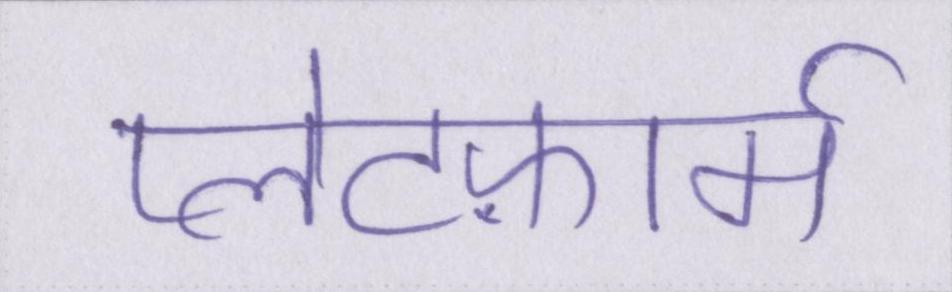
प्लेटफ़ार्म